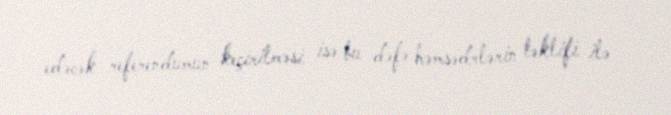
edəcək referendumun keçirilməsi isə bu dəfə həmsədrlərin təklifi ilə